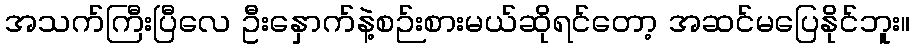
အသက်ကြီးပြီလေ ဦးနှောက်နဲ့စဉ်းစားမယ်ဆိုရင်တော့ အဆင်မပြေနိုင်ဘူး။